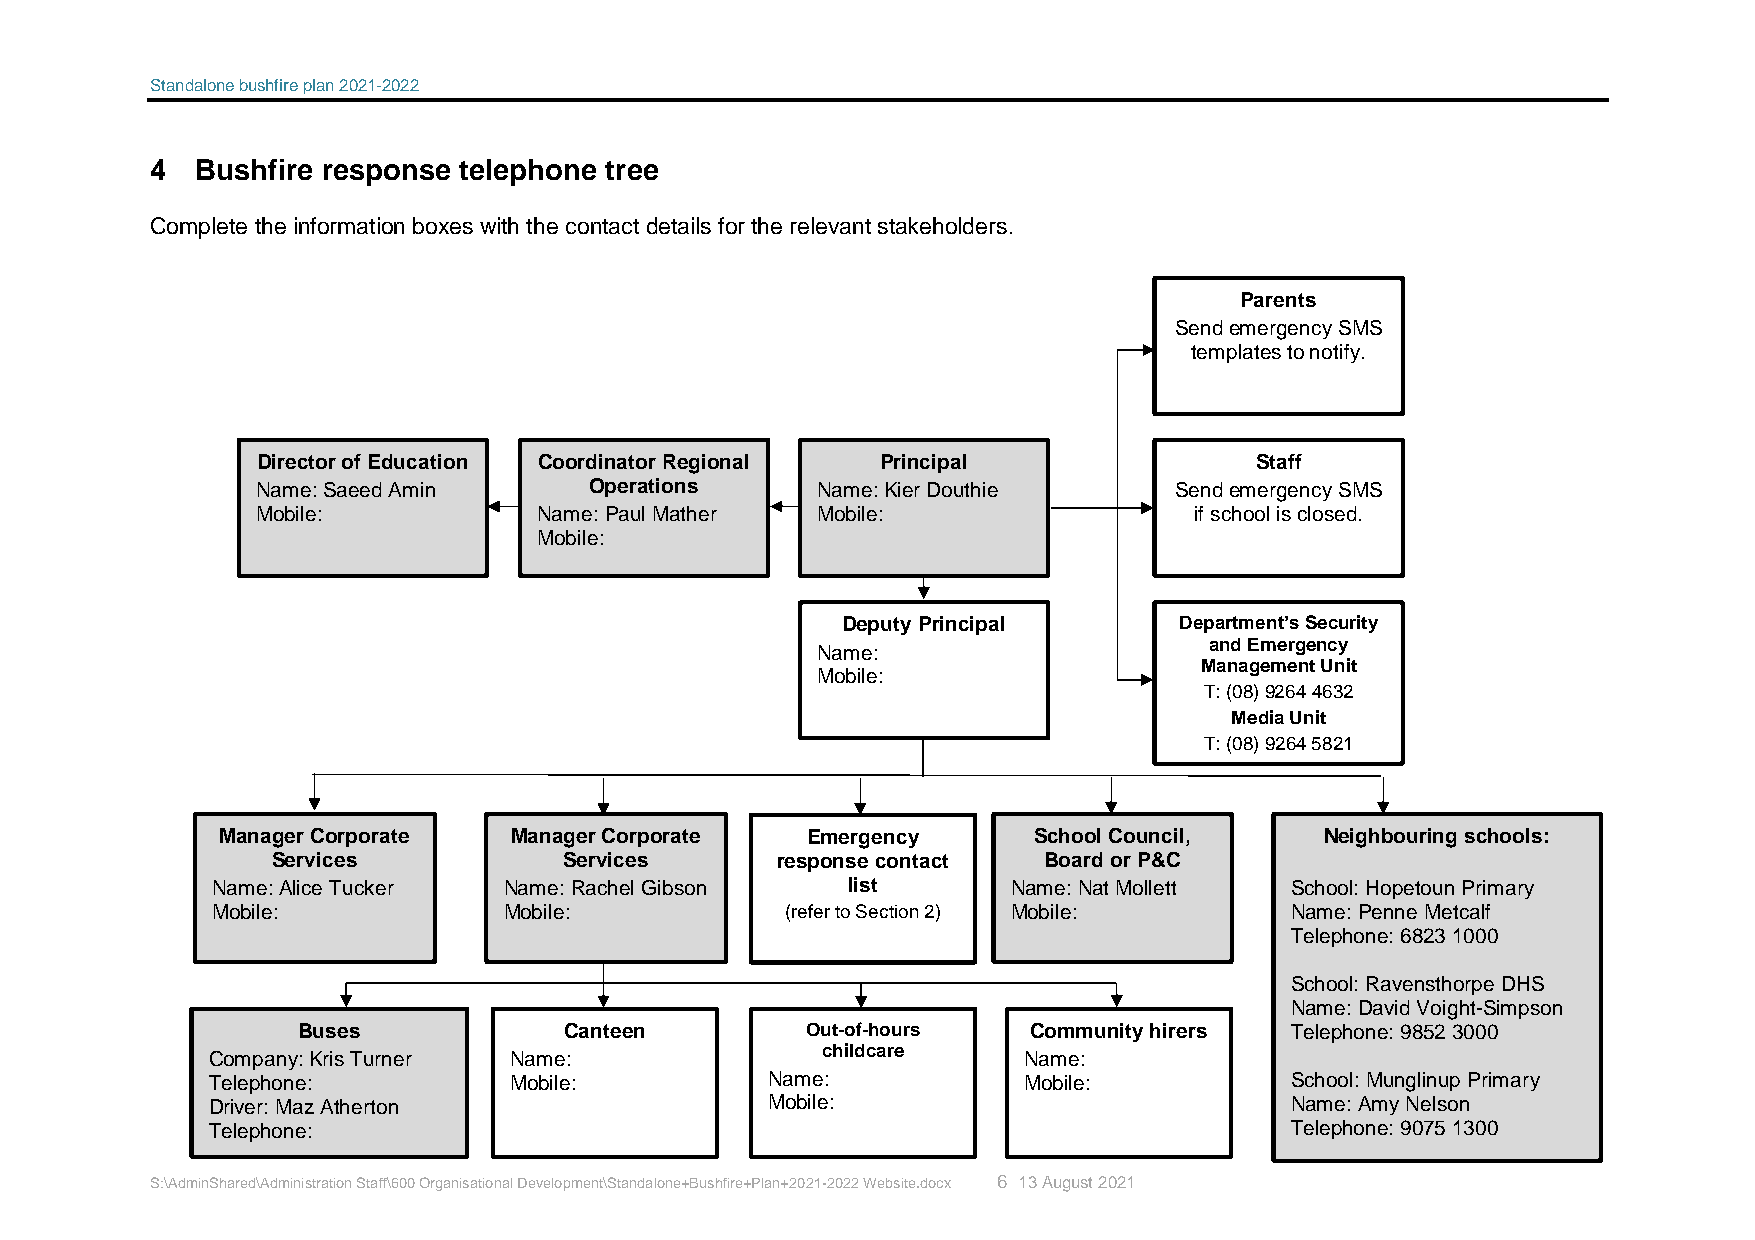
Standalone bushfire plan 2021-2022
 4  Bushfire response telephone tree
 Complete the information boxes with the contact details for the relevant stakeholders.
 Parents
 Send emergency SMS
 templates to notify.
 Director of Education Coordinator Regional Principal              Staff
 Name: Saeed Amin      Operations     Name: Kier Douthie      Send emergency SMS
 Mobile:            Name: Paul Mather Mobile:                  if school is closed.
 Mobile:
 Deputy Principal      Department’s Security
 and Emergency
 Name:
 Management Unit
 Mobile:
 T: (08) 9264 4632
 Media Unit
 T: (08) 9264 5821
 Manager Corporate  Manager Corporate  Emergency      School Council,     Neighbouring schools:
 Services           Services      response contact  Board or P&C
 Name: Alice Tucker Name: Rachel Gibson    list       Name: Nat Mollett School: Hopetoun Primary
 Mobile:            Mobile:            (refer to Section 2) Mobile:     Name: Penne Metcalf
 Telephone: 6823 1000
 School: Ravensthorpe DHS
 Name: David Voight-Simpson
 Buses            Canteen         Out-of-hours   Community hirers Telephone: 9852 3000
 Company: Kris Turner Name:
 childcare
 Name:
 Telephone:          Mobile:          Name:            Mobile:          School: Munglinup Primary
 Driver: Maz Atherton                 Mobile:                           Name: Amy Nelson
 Telephone:                                                             Telephone: 9075 1300
 S:\AdminShared\Administration Staff\600 Organisational Development\Standalone+Bushfire+Plan+2021-2022 Website.docx 6 13 August 2021